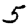
Digit: 5